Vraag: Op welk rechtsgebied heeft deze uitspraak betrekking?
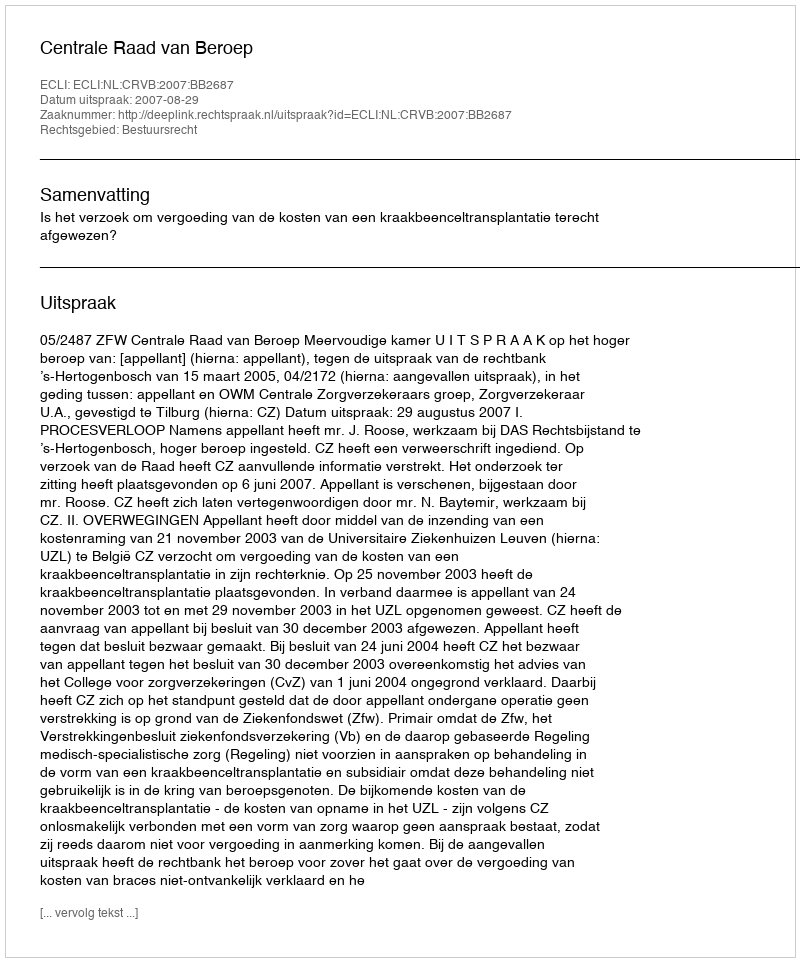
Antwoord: Bestuursrecht